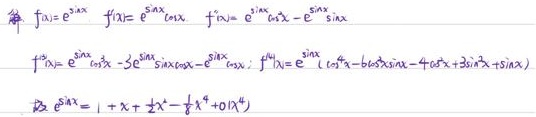
\[
\begin{align*}
f(x)&=e^{\sin x},f^\prime(x)&=e^{\sin x}\cos x,f^{\prime\prime}(x)&=e^{\sin x}\cos^{2}x - e^{\sin x}\sin x\\
f^{\prime\prime\prime}(x)&=e^{\sin x}\cos^{3}x - 3e^{\sin x}\sin x\cos x - e^{\sin x}\cos x,f^{(4)}(x)&=e^{\sin x}(\cos^{4}x - 6\cos^{2}x\sin x - 4\cos^{3}x + 3\sin^{2}x + \sin x)\\
\text{又}e^{\sin x}&=1 + x+\frac{1}{2}x^{2}-\frac{1}{8}x^{4}+o(x^{4})
\end{align*}
\]